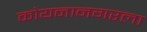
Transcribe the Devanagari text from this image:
कोयनानगरला